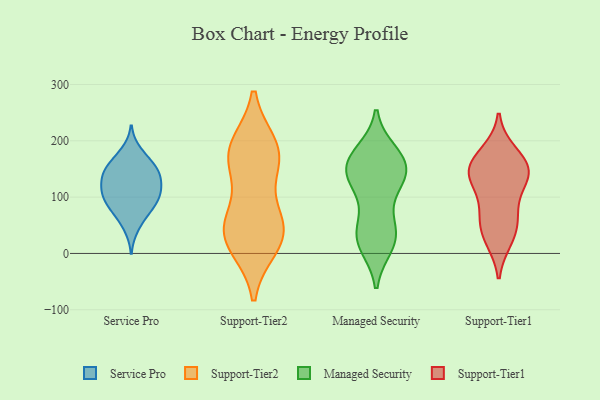
{"axis": {"x": "Satisfaction Score", "y": "Value"}, "legend": ["Managed Security", "Service Pro", "Support-Tier1", "Support-Tier2"], "data": [{"x": "", "y": 103, "type": "Service Pro"}, {"x": "", "y": 113, "type": "Service Pro"}, {"x": "", "y": 145, "type": "Service Pro"}, {"x": "", "y": 88, "type": "Service Pro"}, {"x": "", "y": 140, "type": "Service Pro"}, {"x": "", "y": 108, "type": "Service Pro"}, {"x": "", "y": 183, "type": "Service Pro"}, {"x": "", "y": 157, "type": "Service Pro"}, {"x": "", "y": 77, "type": "Service Pro"}, {"x": "", "y": 133, "type": "Service Pro"}, {"x": "", "y": 116, "type": "Service Pro"}, {"x": "", "y": 150, "type": "Service Pro"}, {"x": "", "y": 84, "type": "Service Pro"}, {"x": "", "y": 170, "type": "Service Pro"}, {"x": "", "y": 67, "type": "Service Pro"}, {"x": "", "y": 106, "type": "Service Pro"}, {"x": "", "y": 140, "type": "Service Pro"}, {"x": "", "y": 44, "type": "Service Pro"}, {"x": "", "y": 148, "type": "Support-Tier2"}, {"x": "", "y": 13, "type": "Support-Tier2"}, {"x": "", "y": 179, "type": "Support-Tier2"}, {"x": "", "y": 52, "type": "Support-Tier2"}, {"x": "", "y": 43, "type": "Support-Tier2"}, {"x": "", "y": 60, "type": "Support-Tier2"}, {"x": "", "y": 17, "type": "Support-Tier2"}, {"x": "", "y": 42, "type": "Support-Tier2"}, {"x": "", "y": 188, "type": "Support-Tier2"}, {"x": "", "y": 167, "type": "Support-Tier2"}, {"x": "", "y": 191, "type": "Support-Tier2"}, {"x": "", "y": 153, "type": "Managed Security"}, {"x": "", "y": 129, "type": "Managed Security"}, {"x": "", "y": 172, "type": "Managed Security"}, {"x": "", "y": 41, "type": "Managed Security"}, {"x": "", "y": 179, "type": "Managed Security"}, {"x": "", "y": 159, "type": "Managed Security"}, {"x": "", "y": 119, "type": "Managed Security"}, {"x": "", "y": 22, "type": "Managed Security"}, {"x": "", "y": 56, "type": "Managed Security"}, {"x": "", "y": 14, "type": "Managed Security"}, {"x": "", "y": 162, "type": "Managed Security"}, {"x": "", "y": 36, "type": "Managed Security"}, {"x": "", "y": 131, "type": "Managed Security"}, {"x": "", "y": 128, "type": "Managed Security"}, {"x": "", "y": 164, "type": "Managed Security"}, {"x": "", "y": 19, "type": "Managed Security"}, {"x": "", "y": 65, "type": "Support-Tier1"}, {"x": "", "y": 135, "type": "Support-Tier1"}, {"x": "", "y": 150, "type": "Support-Tier1"}, {"x": "", "y": 138, "type": "Support-Tier1"}, {"x": "", "y": 32, "type": "Support-Tier1"}, {"x": "", "y": 144, "type": "Support-Tier1"}, {"x": "", "y": 92, "type": "Support-Tier1"}, {"x": "", "y": 168, "type": "Support-Tier1"}, {"x": "", "y": 142, "type": "Support-Tier1"}, {"x": "", "y": 179, "type": "Support-Tier1"}, {"x": "", "y": 57, "type": "Support-Tier1"}, {"x": "", "y": 25, "type": "Support-Tier1"}]}